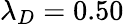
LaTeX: \lambda_{D}=0.50